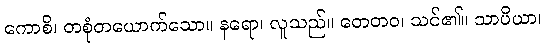
ကောစိ၊ တစုံတယောက်သော။ နရော၊ လူသည်။ တေတဝ၊ သင်၏။ သာပိယာ၊